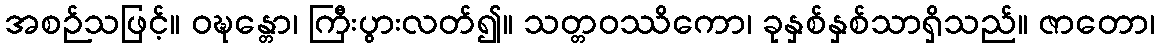
အစဉ်သဖြင့်။ ဝဍ္ဎန္တော၊ ကြီးပွားလတ်၍။ သတ္တဝဿိကော၊ ခုနှစ်နှစ်သာရှိသည်။ ဇာတော၊